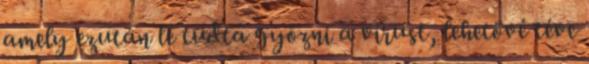
amely ezután le tudta győzni a vírust, lehetővé téve